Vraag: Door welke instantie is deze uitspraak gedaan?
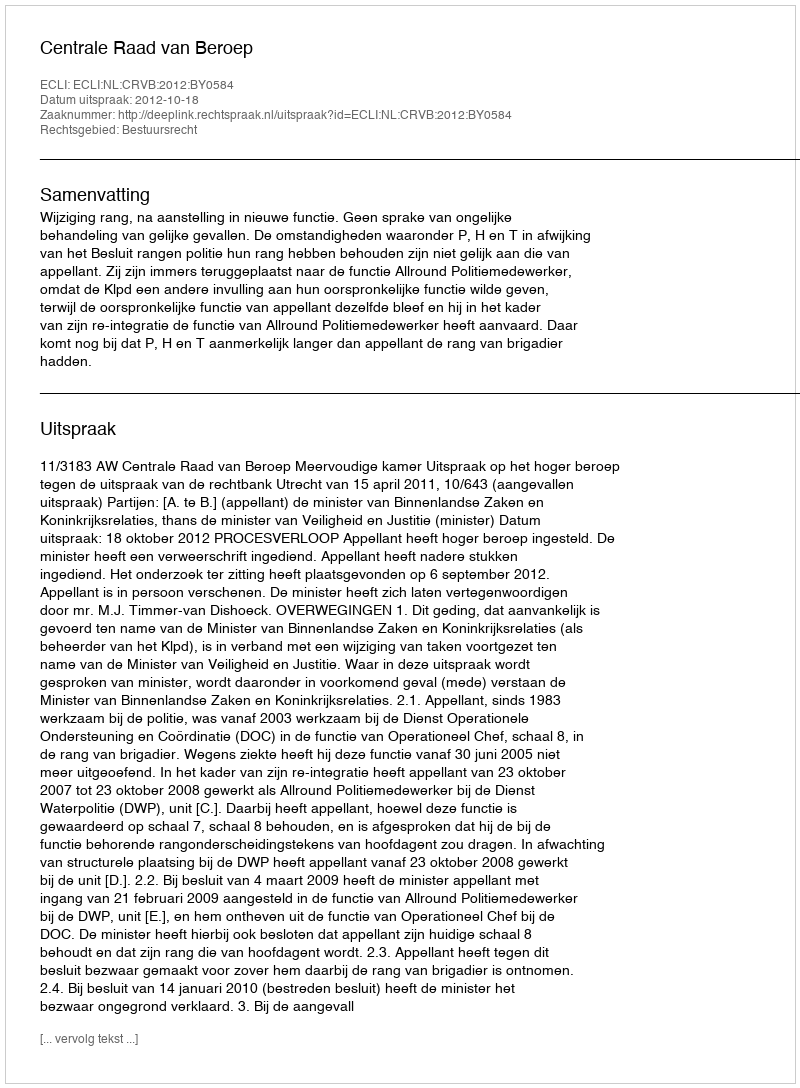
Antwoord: Centrale Raad van Beroep